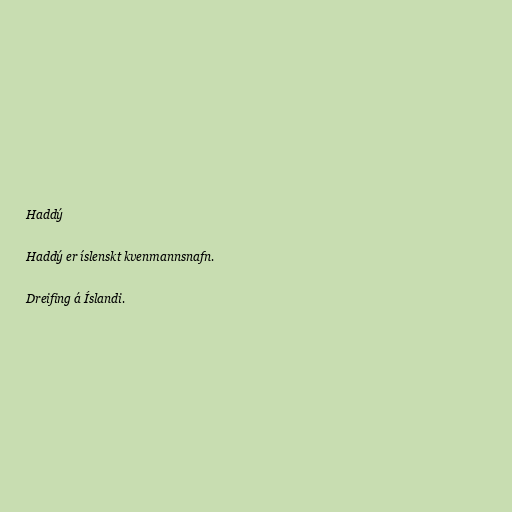
Haddý

Haddý er íslenskt kvenmannsnafn.

Dreifing á Íslandi.